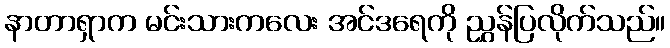
နာတာရှာက မင်းသားကလေး အင်ဒရေကို ညွှန်ပြလိုက်သည်။